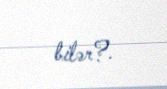
bilər?.